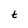
Character: t